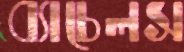
ব্যাচেলস